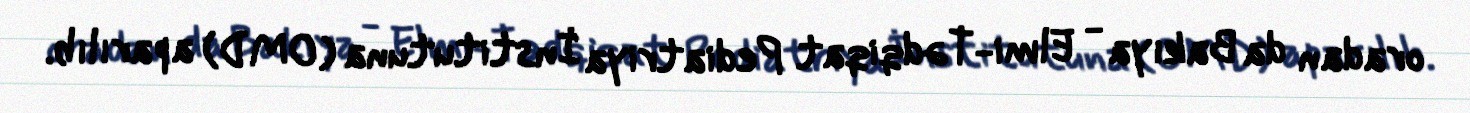
oradan da Bakıya - Elmi-Tədqiqat Pediatriya İnstitutuna (OMD) aparılıb.